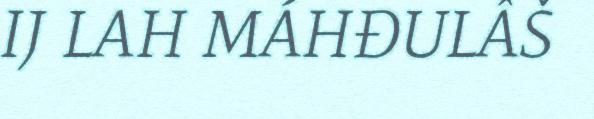
IJ LAH MÁHĐULÂŠ